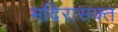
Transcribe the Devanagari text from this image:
मदिरासक्त